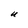
Character: U